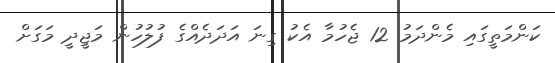
ކަންމަތީގައި މެންދަމު 12 ޖެހުމާ އެކު ގިނަ އަދަދެއްގެ ފުލުހުން މަޖީދީ މަގަށް